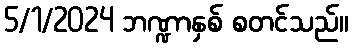
5/1/2024 ဘဏ္ဍာနှစ် စတင်သည်။